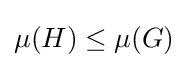
\mu (H)\leq \mu (G)